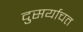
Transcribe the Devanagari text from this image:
दुसर्याचत